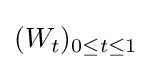
(W_{t})_{0\leq t\leq 1}